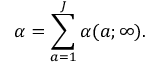
\alpha = \sum _ { a = 1 } ^ { J } \alpha ( a ; \infty ) .